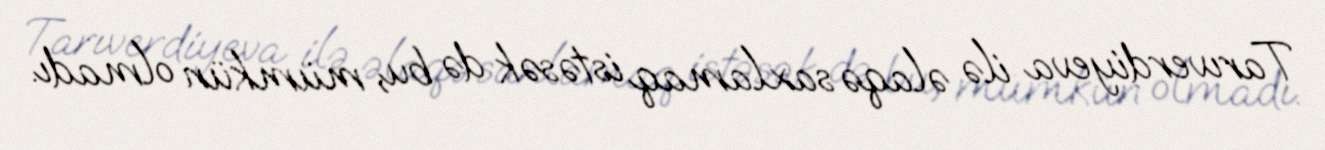
Tarıverdiyeva ilə əlaqə saxlamaq istəsək də bu, mümkün olmadı.